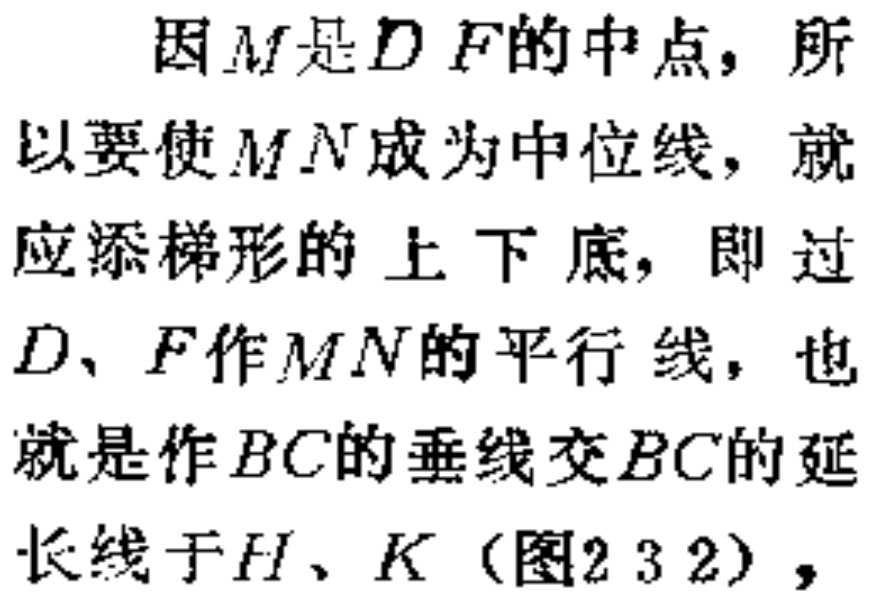
因\(M\)是\(D F\)的中点，所以要使\(M N\)成为中位线，就应添梯形的 上下底，即过\(D\)、\(F\)作\(M N\)的平行 线，也就是作\(BC\)的垂线交\(BC\)的延长线于\(H\)、\(K\)（图2 3 2），